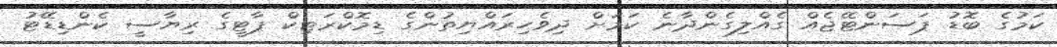
ކަމުގެ ބޮޑު ޕަސަންޓޭޖެއް ގެއްލިގެންދާނެ ކަމަށް ދިވެހިރައްޔިތުންގެ ޑިމޮކްރަޓިކް ޕާޓީގެ ރިޔާސީ ކެންޑިޑޭޓު